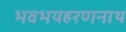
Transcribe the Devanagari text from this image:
भवभयहरणनाथ